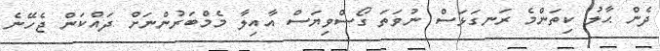
ދެން ޙާލު ކިތަންމެ ރަނގަޅަސް ނުވަތަ ގޯސްވިޔަސް އާއިލާ މެމްބަރުންނަށް ދައްކަން ޖެހޭނެ